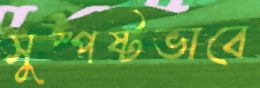
সুস্পষ্টভাবে